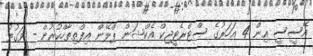
އޭސީސީ އިން 4 އަހަރުގެ ސްޓްރެޓީޖިކް އެކްޝަން ޕްލޭން އިފްތިތާހްކުރުން - ވަގުތު